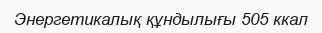
Энергетикалық құндылығы 505 ккал